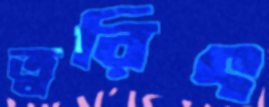
ত্বরিৎ